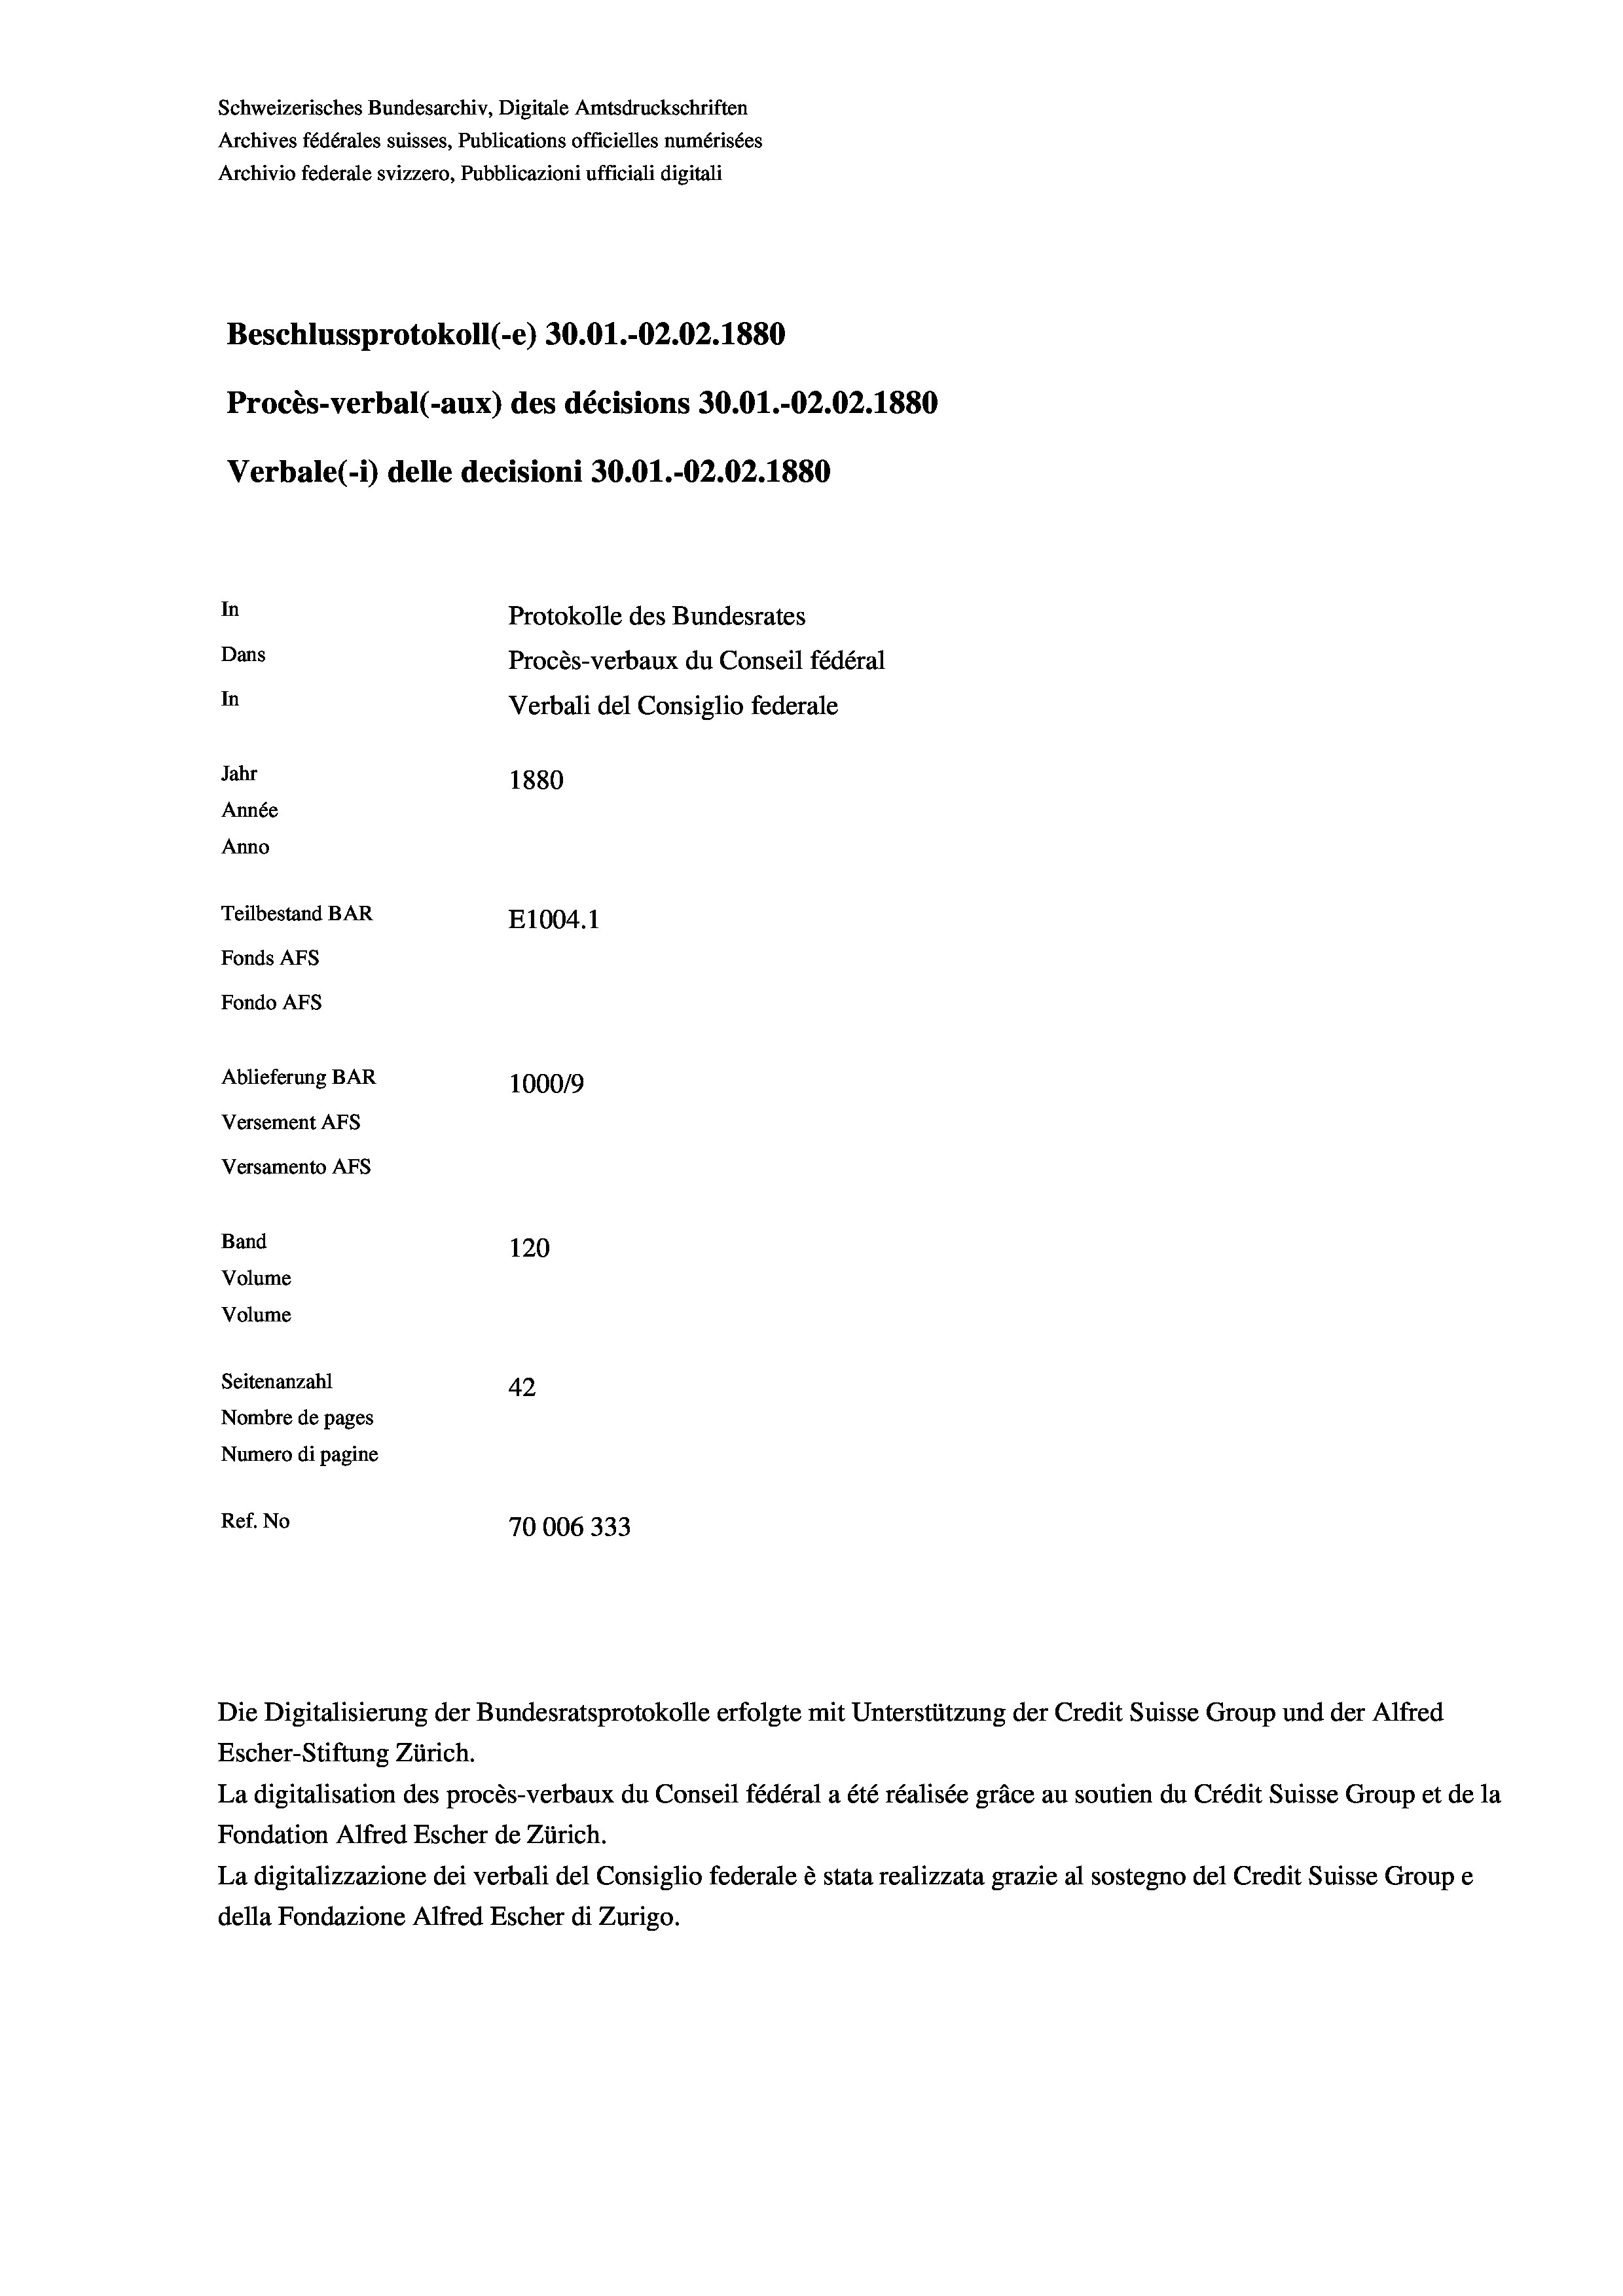
Schweizerisches Bundesarchiv, Digitale Amtsdruckschriften
Archives fédérales suisses, Publications officielles numérisées
Archivio federale svizzero, Pubblicazioni ufficiali digitali
Beschlussprotokoll (-e) 30.01.-O2.02. 1880
Procès-verbal (-aux) des décisions 30.01.-02.02. 1880
Verbale(-*) delle decisioni 30.01.-02.02.1880
In
Protokolle des Bundesrates
Dans
Procès-verbaux du Conseil fédéral
In
Verbali del Consiglio federale
Jahr
1880
Année
Anno
Teilbestand BAR
E1004.1
Fonds AFs
Fondo Afs
Ablieferung BAR
100019
Versement AFs
Versamento Afs
Band
120
Volume

Volume
Seitenanzahl
42
Nombre de pages
Numero di pagine
Ref. No
70006333

Die Digitalisierung der Bundesratsprotokolle erfolgte mit Unterstützung der Credit Suisse Group und der Alfred
Escher-Stiftung Zürich.
La digitalisation des procès-verbaux du Conseil fédéral a été réalisée gräce au soutien du Crédit Suisse Group et de la
Fondation Alfred Escher de Zürich.
La digitalizzazione dei verbali del Consiglio federale è stata realizzata grazie al sostegno del Credit Suisse Groupe
della Fondazione Alfred Escher di Zurigo.